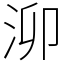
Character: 泖